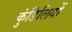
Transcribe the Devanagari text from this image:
कुंडिलियों